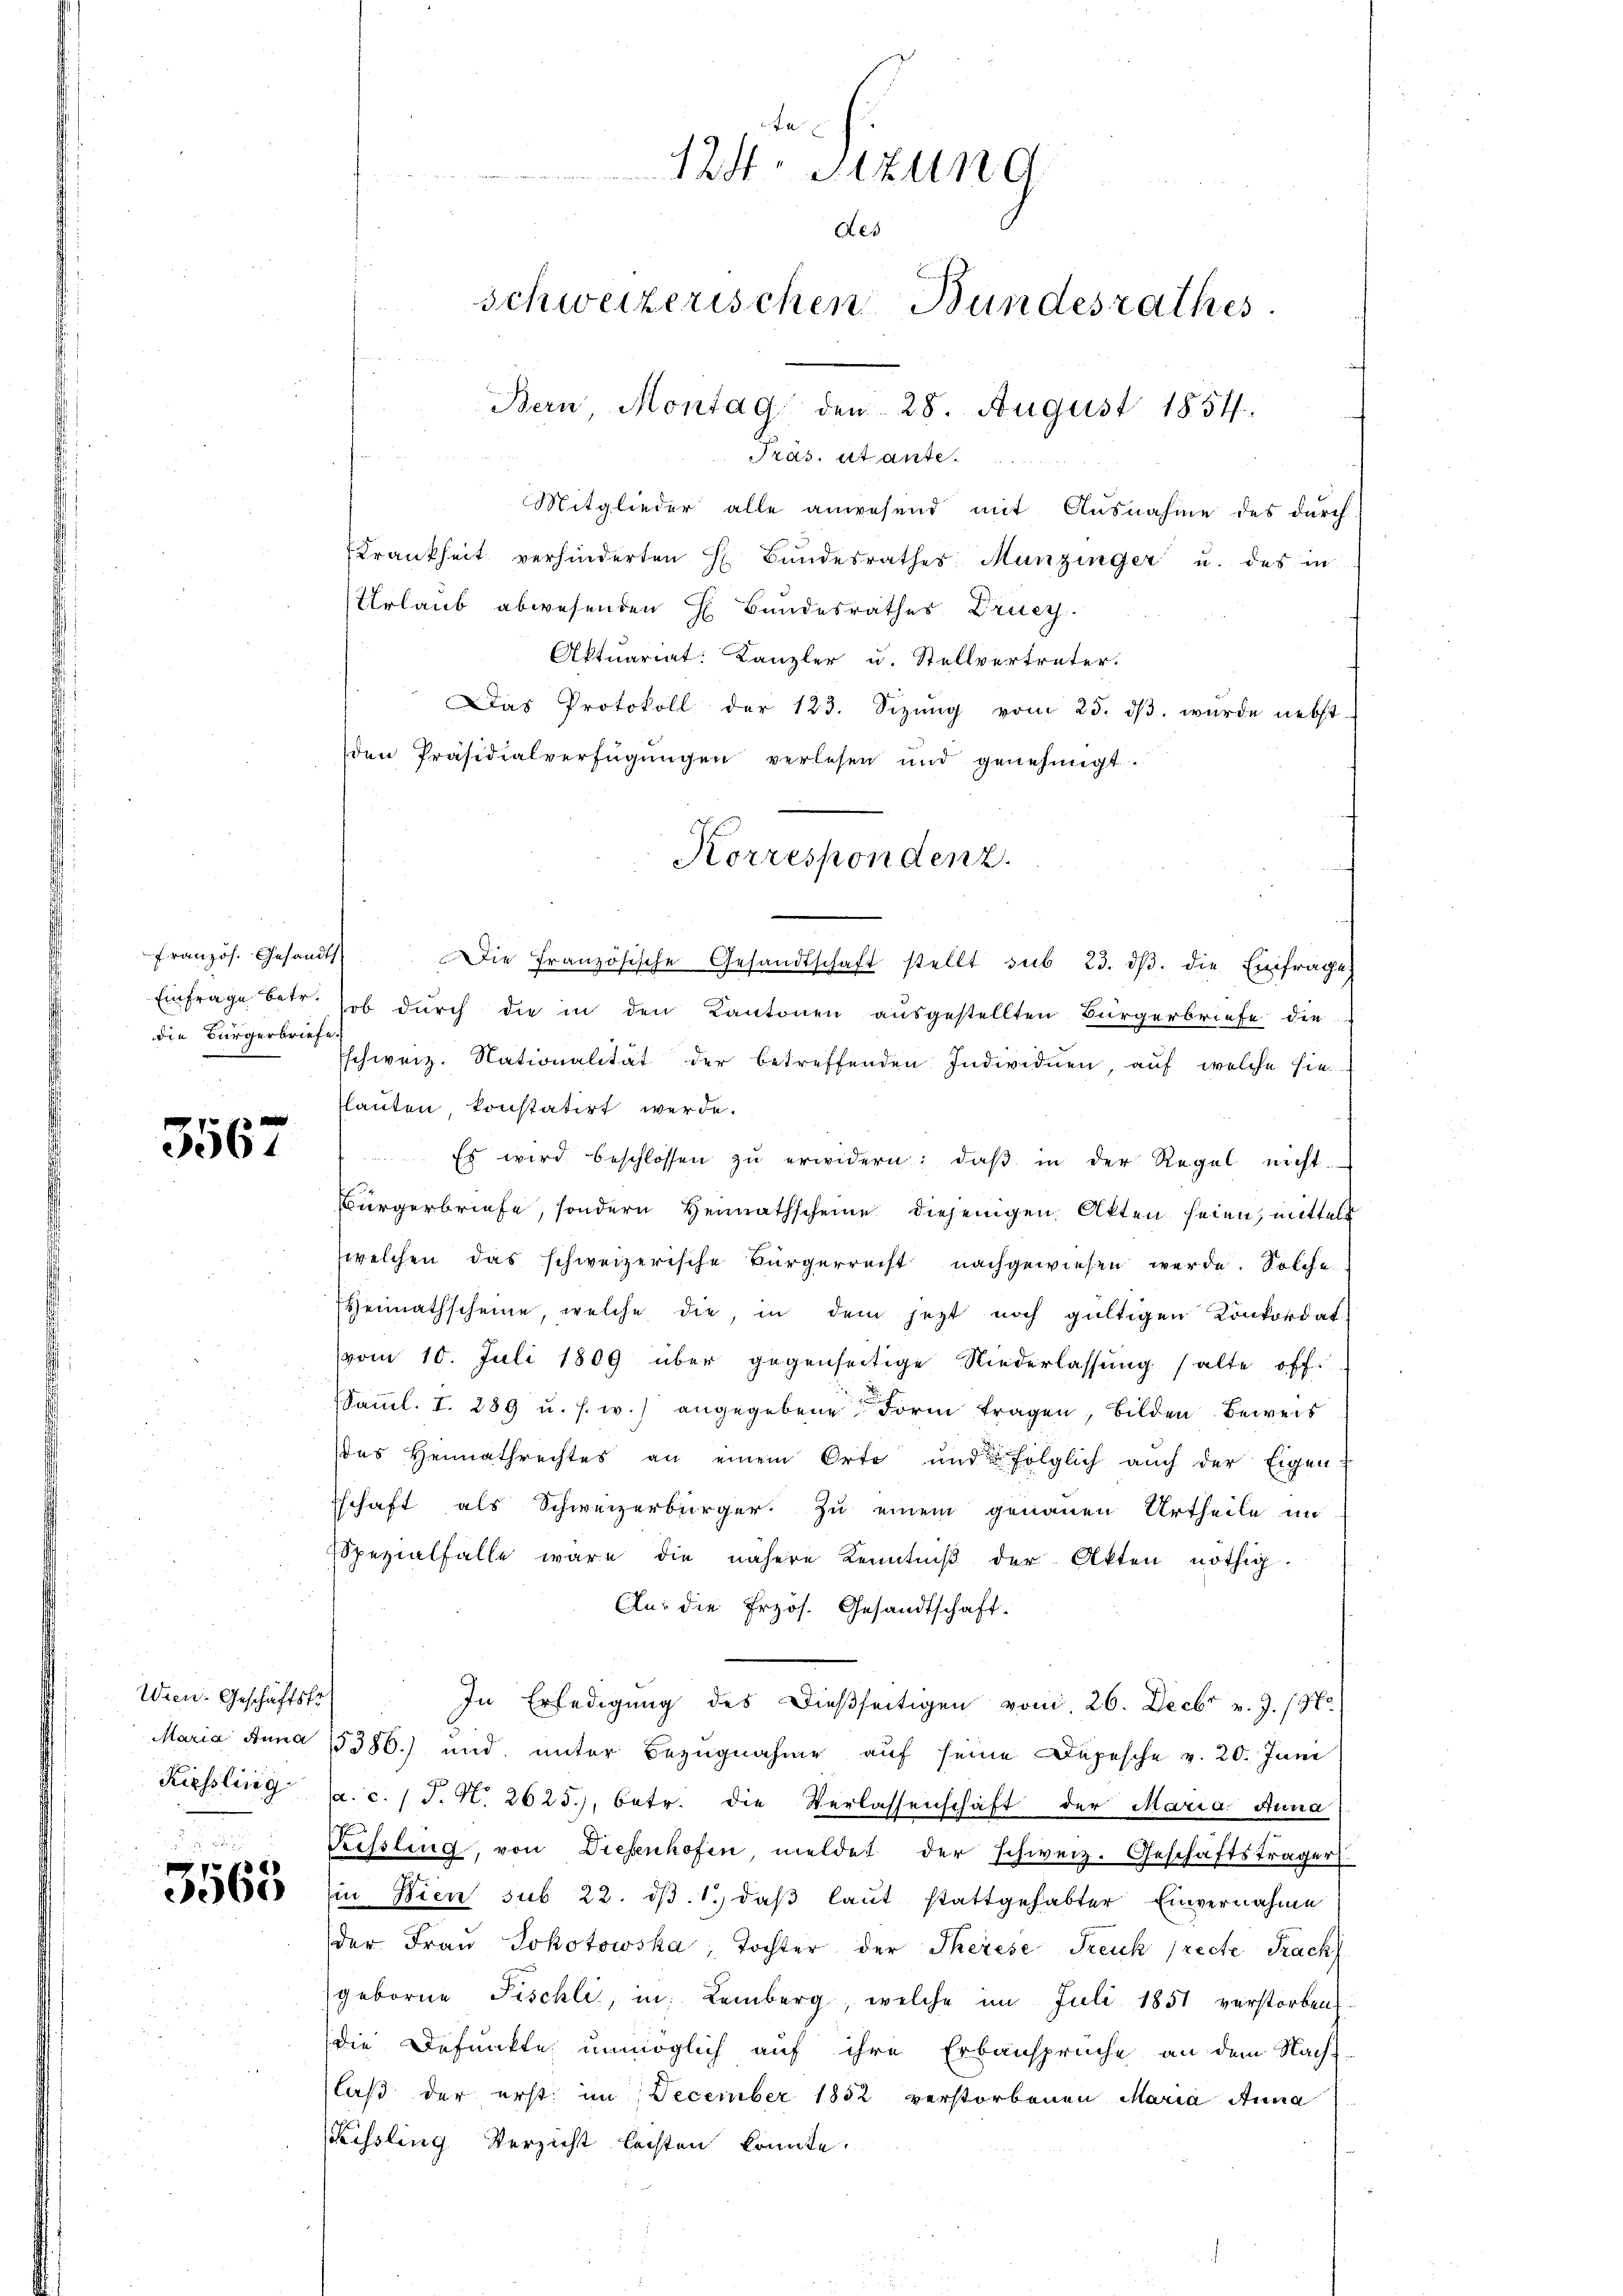
französ. Gesandts
die Bürgerbriefe.

3567

Wien. Geschäftskr

3563

124. Sitzung
Aes
Schweizerischen Bundesrathes
Bern, Montag den 28. August 1854.
Präs. et ante.

Mitglieder alle anwesend mit Ausnahme des durch
Krankheit verhinderten E. Bŭndesrathes Munzinger u. des in
Urlaub abwesenden H Bundesrathes Druc
Aktuariat: Kanzler u. Stellvertreter.
Das Protokoll der 123. Sizŭng vom 25. dβ. wurde nebst
den Präsidialverfügungen verlesen und genehmigt.
Die Französische Gesandtschaft stellt sub 23. dβ. die Einfrage
Einfrage betr. hob durch die in den Kantonen ausgestellten Bürgerbriefe die
Eschweiz. Nationalität der betreffenden Individuen, auf welche hielauten, konstatirt werde.
Es wird beschlossen zŭ erwidern: daβ in der Regel nicht
Bürgerbriefe, sondern Heimathscheine diejenigen Akten seien, mittels
welchen das schweizerische Bürgerrecht nachgewiesen werde. Solche
Heimathscheine, welche die, in dem jetzt noch gültigen Konkordat
vom 10. Juli 1809 über gegenseitige Niederlassŭng (alte off
Samml. I. 289 u. s. w.) angegebene Form tragen, bilden Beweis
des Heimathrechtes an einem Orte und folglich auch der Eigenschaft als Schweizerbürger zu einem genauen Urtheile im
Spezialfalle wäre die nähere Kenntniß der Akten nöthig.
Au: die Erzös. Gesandtschaft.
In Erledigung des dießseitigen vom 26. Decbr v. J. 18.
Maria Anna 15386.) und unter Bezugnahme auf seine Depesche v. 20. Juni
Kiessling (a. c. / J. N. 2625., betr. die Verlassenschaft der Maria Anna
Rissling, von Diesenhofen, meldet der schweiz. Geschäftsträger
Ein Wien sub 22. dβ. 1. daβ laut stattgehabter Einvernahme
der Fraŭ Jokotowska, Tochter der Therese Treuk (recte Prach
geborne Fischli, in Lemberg, welche im Juli 1851 verstorbens
die Defunkte unmöglich auf ihre Erbansprüche an dem Nach-
laß der erst im December 1852 verstorbenen Maria Anna
Kessling Verzicht leisten konnte.

Korrespondenz.